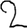
Digit: 2